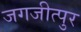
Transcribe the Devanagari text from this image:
जगजीत्पुर